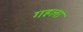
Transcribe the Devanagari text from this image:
गहला